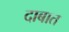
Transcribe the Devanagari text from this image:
दाबात